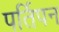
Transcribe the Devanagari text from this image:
पर्तिपन